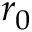
r _ { 0 }